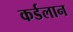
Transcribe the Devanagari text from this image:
कर्डलान